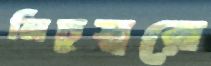
নিচুস্বরে